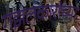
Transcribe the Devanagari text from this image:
गझलकारांच्या